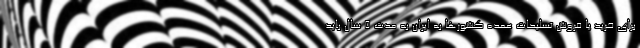
برای خرید یا فروش تسلیحات عمده کشورها به ایران به مدت ۵ سال ‌باید